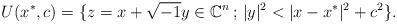
LaTeX: \begin{align*}U(x^*, c)=\{ z = x + \sqrt{-1}y \in \mathbb{C}^n\,;\, |y|^2 < |x - x^*|^2 + c^2 \}.\end{align*}